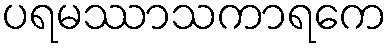
ပရမဿာသကာရကေ